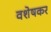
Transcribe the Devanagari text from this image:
वशेषकर